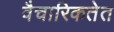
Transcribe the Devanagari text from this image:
वैचारिकतेत